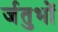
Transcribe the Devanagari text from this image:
र्जतुभों